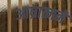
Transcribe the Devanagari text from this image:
आघ्रात्मने